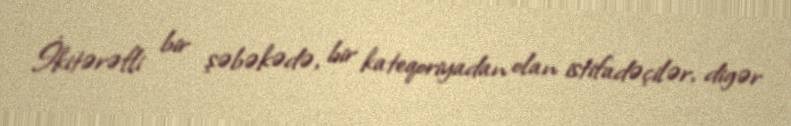
İkitərəfli bir şəbəkədə, bir kateqoriyadan olan istifadəçilər, digər